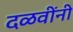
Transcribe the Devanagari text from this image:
दळवींनी